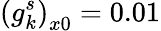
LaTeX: \left(g_{k}^{s}\right)_{x0}=0.01